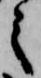
之